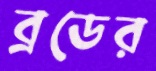
ব্রডের